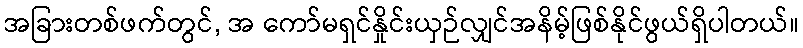
အခြားတစ်ဖက်တွင်, အ ကော်မရှင်နှိုင်းယှဉ်လျှင်အနိမ့်ဖြစ်နိုင်ဖွယ်ရှိပါတယ်။